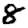
Digit: 8